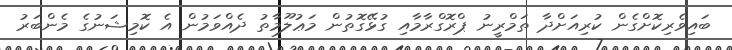
ބައިވެރިކޮށްގެން ކުރިއަށްދާ ތަމްރީނު ޕްރޮގްރާމާއި ގުޅޭގޮތުން މަޢުލޫމާތު ދެއްވަމުން އެ ކޮމިޝަނުގެ މެންބަރު